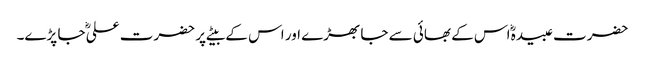
حضرت عبیدہؓ اس کے بھائی سے جا بھڑے اور اس کے بیٹے پر حضرت علیؓ جا پڑے۔